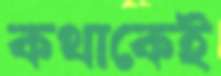
কথাকেই